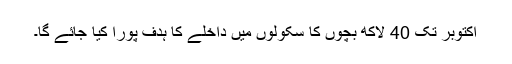
اکتوبر تک 40 لاکھ بچوں کا سکولوں میں داخلے کا ہدف پورا کیا جائے گا۔